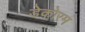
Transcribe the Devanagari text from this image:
डेकोरम